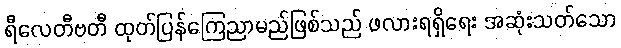
ရီလေတီဗတီ ထုတ်ပြန်ကြေညာမည်ဖြစ်သည် ဖလားရရှိရေး အဆုံးသတ်သော